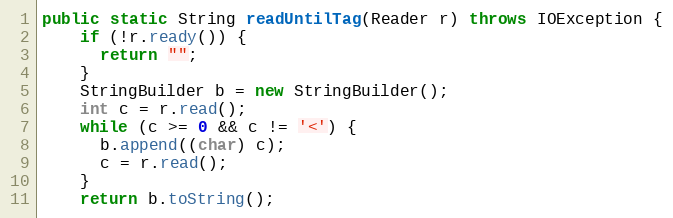
Language: Java
public static String readUntilTag(Reader r) throws IOException {
    if (!r.ready()) {
      return "";
    }
    StringBuilder b = new StringBuilder();
    int c = r.read();
    while (c >= 0 && c != '<') {
      b.append((char) c);
      c = r.read();
    }
    return b.toString();